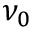
\nu _ { 0 }